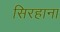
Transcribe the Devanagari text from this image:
सिरहाना